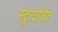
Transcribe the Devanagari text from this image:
स्ट्राटोजेट